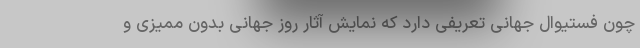
چون فستیوال جهانی تعریفی دارد که نمایش آثار روز جهانی بدون ممیزی و